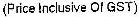
(PRICE INCLUSIVE OF GST)